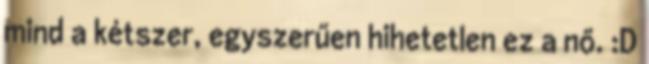
mind a kétszer, egyszerűen hihetetlen ez a nő. :D